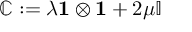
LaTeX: \mathbb { C } : = \lambda \mathbf { 1 } \otimes \mathbf { 1 } + 2 \mu \mathbb { I }